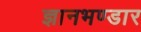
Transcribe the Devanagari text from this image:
ज्ञानभण्डार